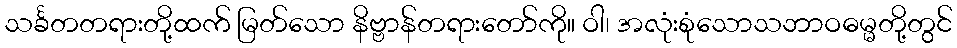
သင်္ခတတရားတို့ထက် မြတ်သော နိဗ္ဗာန်တရားတော်ကို။ ဝါ၊ အလုံးစုံသောသဘာဝဓမ္မတို့တွင်